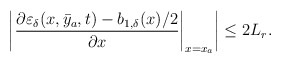
\begin{align*}\left|\left.\dfrac{\partial\varepsilon_\delta(x,\bar{y}_a,t)-b_{1,\delta}(x)/2}{\partial x}\right|_{x = x_a}\right| \le 2 L_r .\end{align*}